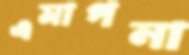
এমাগনা